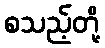
စသည့်တို့